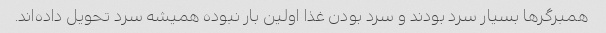
همبرگرها بسیار سرد بودند و سرد بودن غذا اولین بار نبوده همیشه سرد تحویل داده‌اند.